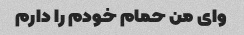
وای من حمام خودم را دارم